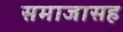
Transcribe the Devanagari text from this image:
समाजासह